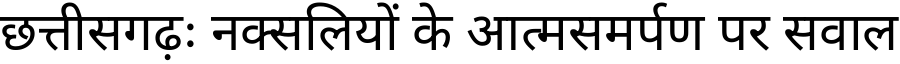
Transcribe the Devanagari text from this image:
छत्तीसगढ़ः नक्सलियों के आत्मसमर्पण पर सवाल